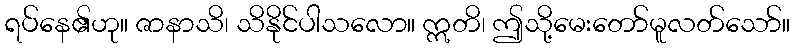
ရပ်နေ၏ဟု။ ဇာနာသိ၊ သိနိုင်ပါသလော။ ဣတိ၊ ဤသို့မေးတော်မူလတ်သော်။